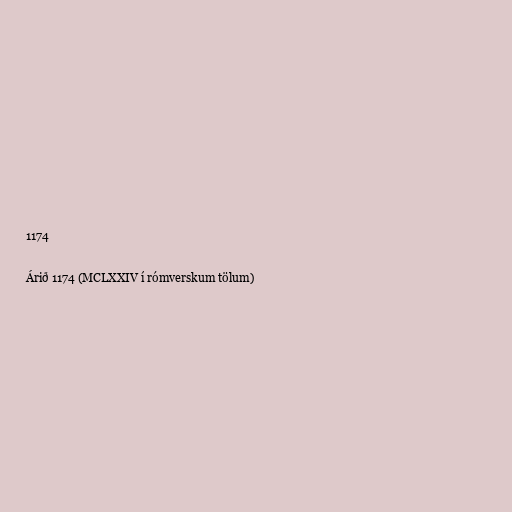
1174

Árið 1174 (MCLXXIV í rómverskum tölum)